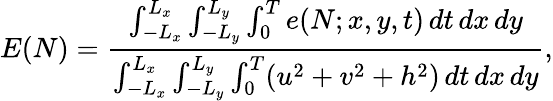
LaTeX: E(N)=\frac{\int_{-L_{x}}^{L_{x}}\int_{-L_{y}}^{L_{y}}\int_{0}^{T}e(N;x,y,t)\, dt\, dx\, dy}{\int_{-L_{x}}^{L_{x}}\int_{-L_{y}}^{L_{y}}\int_{0}^{T}(u^{2}+v^{2}+h^{2})\, dt\, dx\, dy},